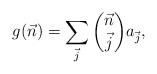
LaTeX: \begin{align*} g(\vec{n})=\sum_{\vec{j}}\binom{\vec{n}}{\vec{j}}a_{\vec{j}}, \end{align*}